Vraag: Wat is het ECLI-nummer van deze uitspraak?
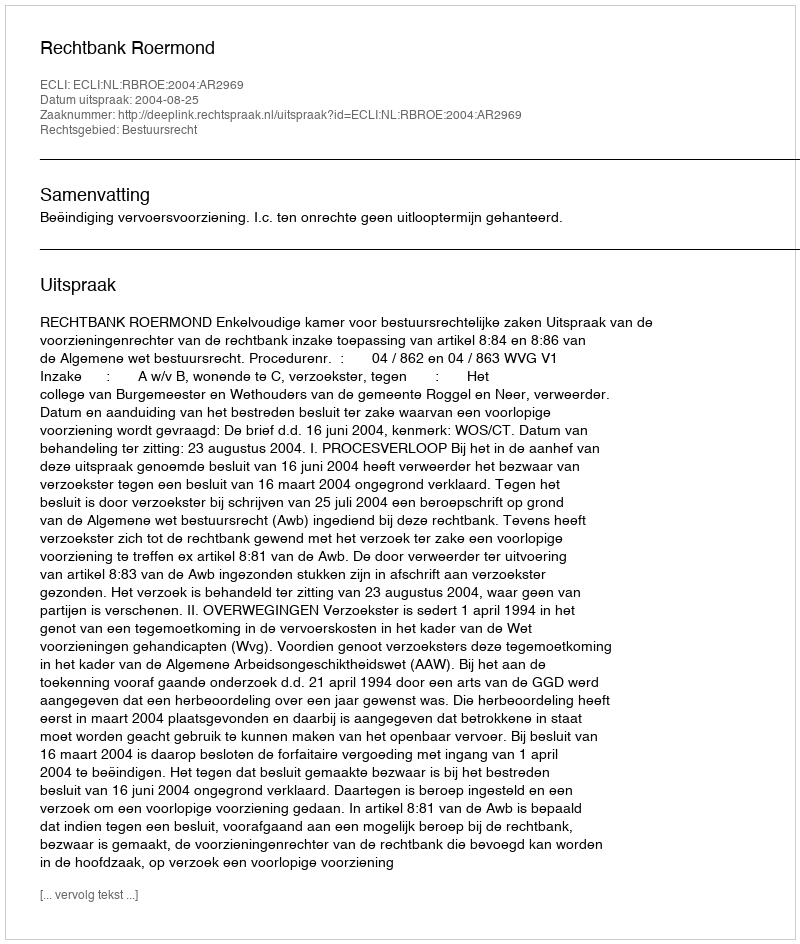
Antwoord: ECLI:NL:RBROE:2004:AR2969